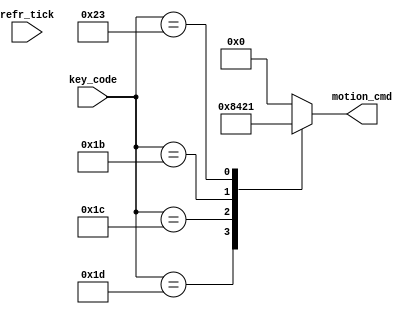
module key2motion
    //IO parameters
    (   input wire [7:0] key_code,
		input wire refr_tick,
        output reg  [3:0] motion_cmd
     );
     
     always@*
      case (key_code)
        8'h1d: motion_cmd=4'b1000;// for W : move up
        8'h1c: motion_cmd=4'b0100;//for A : move left
        8'h1b: motion_cmd=4'b0010;//for S : move down
        8'h23: motion_cmd=4'b0001;// for D: move right
        // its possible to add Pause/Resume option, Start New game 
        default: motion_cmd=4'b0000;
      endcase
    endmodule